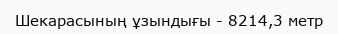
Шекарасының ұзындығы - 8214,3 метр